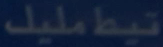
تبطمليلك